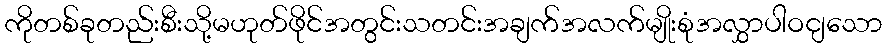
ကိုတစ်ခုတည်းစီးသို့မဟုတ်ဖိုင်အတွင်းသတင်းအချက်အလက်မျိုးစုံအလွှာပါဝငျသော